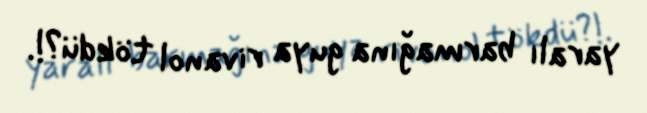
yaralı barmağına guya rivanol tökdü?!.